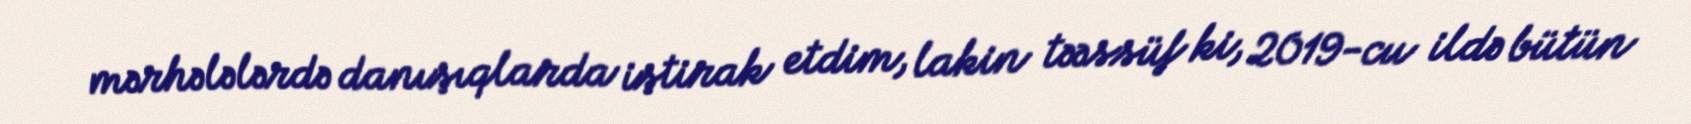
mərhələlərdə danışıqlarda iştirak etdim, lakin təəssüf ki, 2019-cu ildə bütün